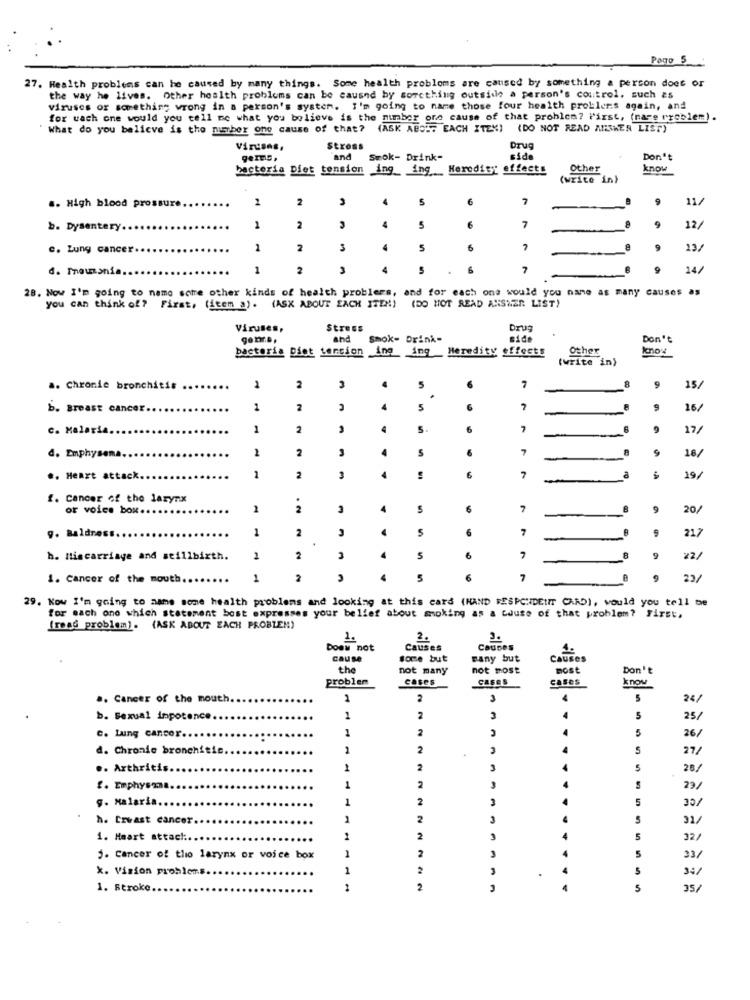
PORTO _S_
27. Health problems can be caused by many things. Some health problems are caused by something a person does or
the way he lives. Other health problems can be caused by something outside a person's control, such as
viruses or something wrong in a person's system. I'm going to name those four health problems again, and
for wach one would you tell me what you believe is the number ore cause of that problem? First, (nare rychlem).
What do you believe is the number one cause of that?
(ASK ABOUT EACH ITEM) (DO NOT READ ANSWER LIST)
Viruses,
Stress
Drug
geres,
and
Smok- Drink-
side
Don't
bacteria Diet tension
ing_ ing Heredity effects
Other
know
(write in)
2
2
3
4
S
6
11/
.. High blood pressure.
......
7
b. Dysentery.
1
2
3
4
6
12
c. Lung cancer.
2
2
3
5
7
13/
d. Tnousnia.
1
2
3
5
6
7
14/
28. Now I'm going to name some other kinds of health problems, and for each
one would you nane as many causes as
you can think of? First, (item a). (ASK ABOUT EACH ITEM) (DO NOT READ ANSWER LIST)
Viruses,
Stress
Drug
and
Smok- Drink-
side
Don't
bacteria Diet tencion ing ing _ Heredity effects
Other
(write in)
.. Chronie bronchitis .
2
2
3
5
9
15
.
b. Breast cancer
1
4
5
6
7
16/
c. Malaria
1
2
3
5
6
7
-
9
17/
2
2
3
4
S
7
d. Emphysema.
-
18/
.. Heart attack
1
2
4
6
7
19/
. Cancer of the larynx
or voice box ....
1
2
4
5
7
8
9
20/
9. Baldress
1
2
2
6
7
9
21.7
h. Miscarriage and stillbirth.
1
2
5
6
22/
1. cancer of the mouth.
1
2
6
7
23/
29. Kow I'm going to aams some health problems and looking at this card (HAND FESPCUIDEUIT CARD), would you tell me
for each one which statement bost expresses your belief about smoking as a cause of that problem? First,
[read problem). (ASK ABOUT EACH PROBLEM)
1.
2.
3.
Does not
Causes
Causes
cause
some but
Fany but
Causes
the
not many
not most
most
Don't
problem
cases
Cases
cases
know
.. Cancer of the mouth.
1
2
3
4
5
26/
b. Sexual impotence
1
2
3
4
5
25/
1
2
5
26/
c. Lung cancer
d. Chronic bronchitis.
1
2
4
S
27/
.. Arthritis
1
2
3
5
28/
2
f. Emphysma.
1
4
23/
g. Malaria
1
2
4
5
30/
h. Crvast cancer
2
3
5
31/
1. Heart attack:
1
2
3
4
5
32/
2
j. Cancer of tho larynx or voice box
1
5
33/
k. Vision problems.
1
2
4
5
34/
1. Stroke.
1
2
3
5